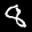
Label: 8